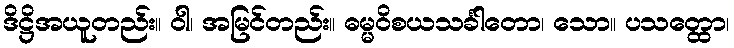
ဒိဋ္ဌိအယူတည်း။ ဝါ၊ အမြင်တည်း။ ဓမ္မဝိစယသင်္ခါတော၊ သော။ ပသတ္ထော၊